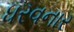
ધરવનાર